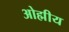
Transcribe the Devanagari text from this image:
ओह्मीय